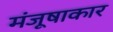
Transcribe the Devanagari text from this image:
मंजूषाकार